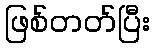
ဖြစ်တတ်ပြီး